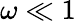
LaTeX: \omega\ll 1